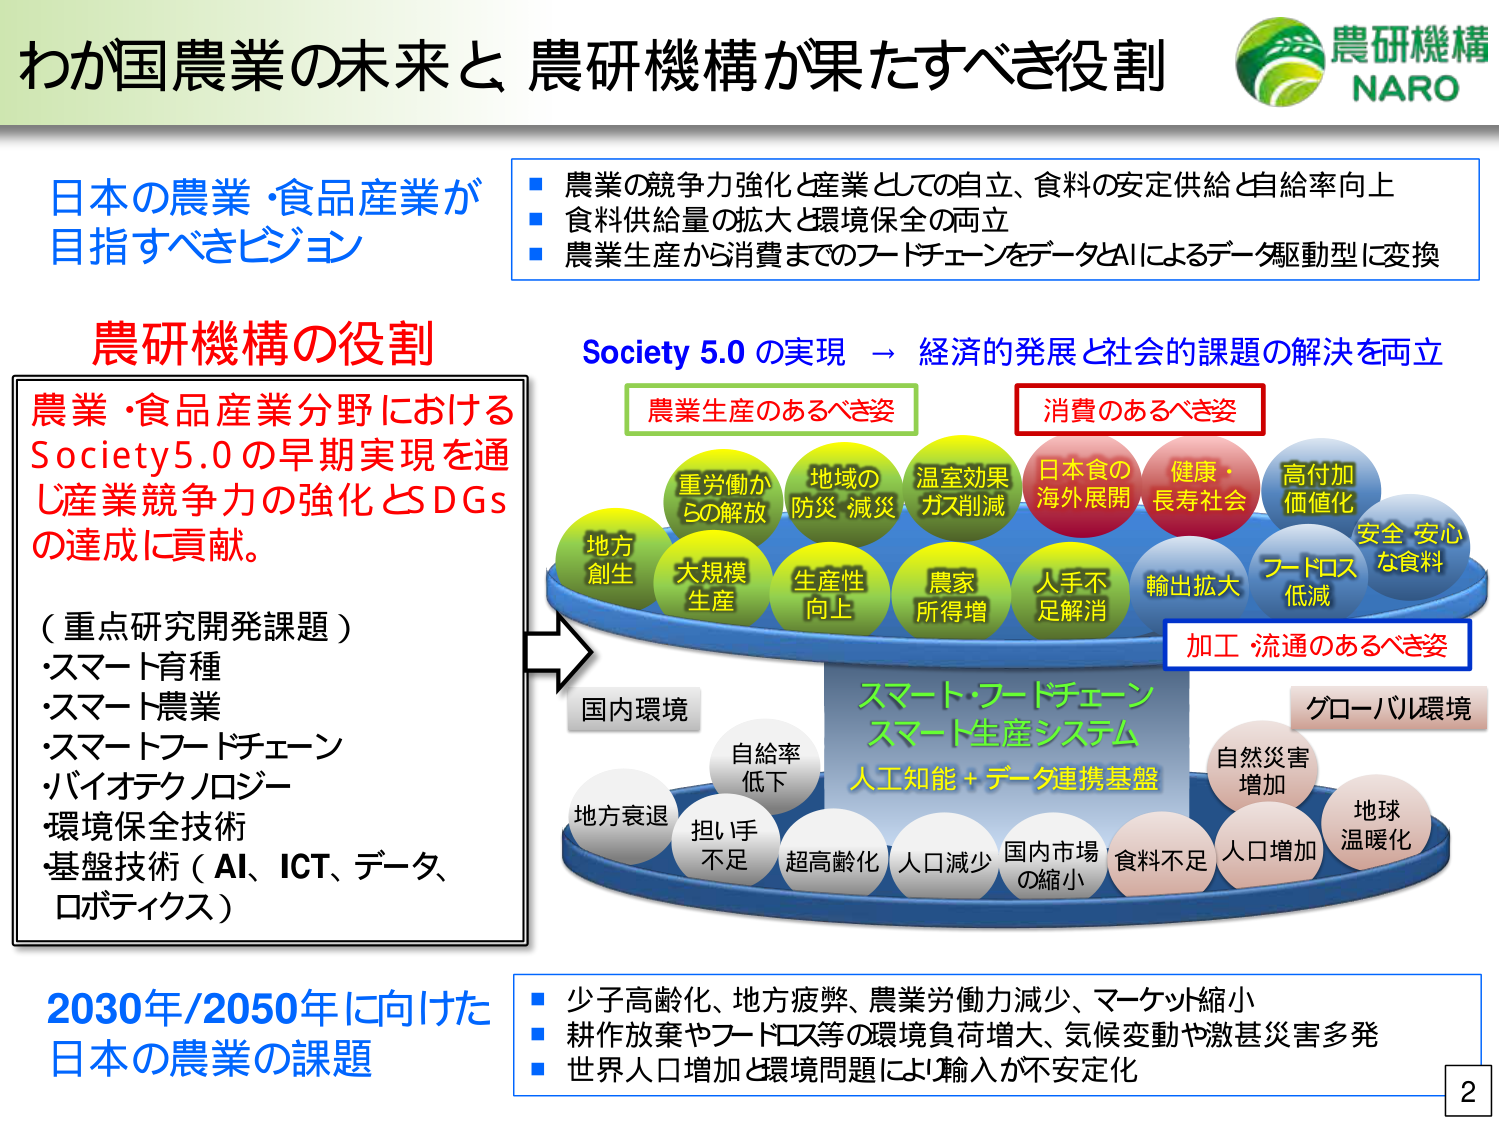
わが国農業の未来と 農研機構が果たすべき役割
農研機構
NARO

日本の農業・食品産業が
目指すべきビジョン
■ 農業の競争力強化と産業としての自立、食料の安定供給と自給率向上
■ 食料供給量の拡大と環境保全の両立
■ 農業生産から消費までのフードチェーンをデータとAIによるデータ駆動型に変換

農研機構の役割
農業・食品産業分野における
Society5.0の早期実現を通じ産業競争力の強化とSDGsの達成に貢献。
（重点研究開発課題）
・スマート育種
・スマート農業
・スマートフードチェーン
・バイオテクノロジー
・環境保全技術
・基盤技術（AI、ICT、データ、ロボティクス）

Society 5.0 の実現 → 経済的発展と社会的課題の解決を両立
農業生産のあるべき姿
重労働からの解放
地域の防災・減災
温室効果ガス削減
地方創生
大規模生産
生産性向上
農家所得増
消費のあるべき姿
日本食の海外展開
健康・長寿社会
高付加価値化
安全・安心な食料
加工・流通のあるべき姿
輸出拡大
フードロス低減

スマート・フードチェーン
スマート生産システム
人工知能＋データ連携基盤

国内環境
自給率低下
地方衰退
担い手不足
超高齢化
人口減少
国内市場の縮小

グローバル環境
自然災害増加
地球温暖化
人口増加
食料不足

2030年/2050年に向けた
日本の農業の課題
■ 少子高齢化、地方疲弊、農業労働力減少、マーケット縮小
■ 耕作放棄やフードロス等の環境負荷増大、気候変動や激甚災害多発
■ 世界人口増加と環境問題により輸入が不安定化

2